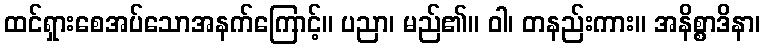
ထင်ရှားစေအပ်သောအနက်ကြောင့်။ ပညာ၊ မည်၏။ ဝါ၊ တနည်းကား။ အနိစ္စာဒိနာ၊